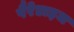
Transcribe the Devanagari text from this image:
पैरेडाइज